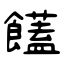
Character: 饚